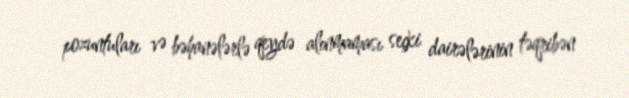
pozuntuları və bəhanələrlə qeydə alınmaması seçki dairələrinin təqribən